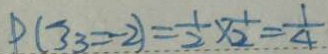
P ( 3 3 = 2 ) = \frac { 1 } { 2 } \times \frac { 1 } { 2 } = \frac { 1 } { 4 }